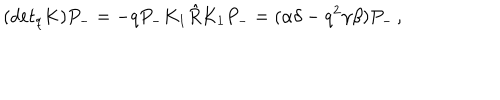
( d e t _ { q } K ) P _ { - } = - q P _ { - } K _ { 1 } \hat { R } K _ { 1 } P _ { - } = ( \alpha \delta - q ^ { 2 } \gamma \beta ) P _ { - } \, ,